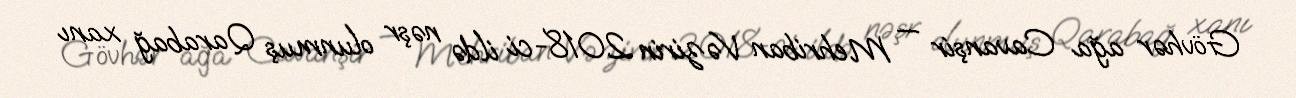
Gövhər ağa Cavanşir — Mehriban Vəzirin 2018-ci ildə nəşr olunmuş Qarabağ xanı